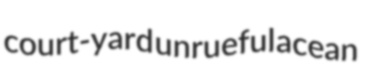
court-yard unrueful acean